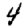
Digit: 4